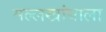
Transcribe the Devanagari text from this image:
मल्लखांबाला